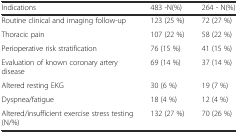
| Indications | 483 -N(%) | 264 - N(%) |
 | --- | --- | --- |
 | Routine clinical and imaging follow-up | 123 (25 %) | 72 (27 %) |
 | Thoracic pain | 107 (22 %) | 58 (22 %) |
 | Perioperative risk stratification | 76 (15 %) | 41 (15 %) |
 | Evaluation of known coronary artery disease | 69 (14 %) | 37 (14 %) |
 | Altered resting EKG | 30 (6 %) | 19 (7 %) |
 | Dyspnea/fatigue | 18 (4 %) | 12 (4 %) |
 | Altered/insufficient exercise stress testing (N/%) | 132 (27 %) | 70 (26 %) |